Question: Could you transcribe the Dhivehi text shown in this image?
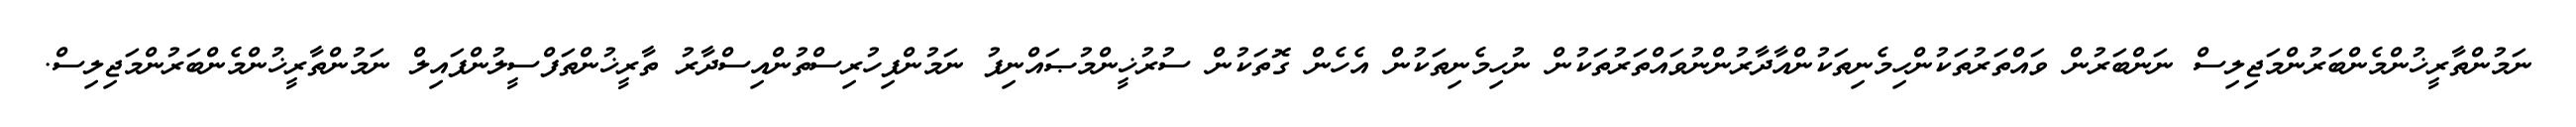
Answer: ނަމުންތާރީޚުންމެންބަރުންމަޖިލިސް ނަންބަރުން ވައްތަރުތަކުންހިމެނިތަކުންއާދާރުންނުވައްތަރުތަކުން ނުހިމެނިތަކުން އެހެން ގޮތަކުން ސުރުޚީންމުޞައްނިފު ނަމުންފިހުރިސްތުންއިސްދާރު ތާރީޚުންތަފްސީލުންފައިލް ނަމުންތާރީޚުންމެންބަރުންމަޖިލިސް.